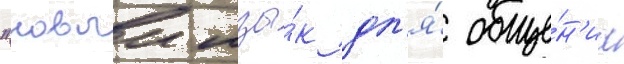
"новыи язы́к дл'я́ обще́н'иа